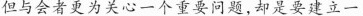
但与会者更为关心一个重要问题，却是要建立一